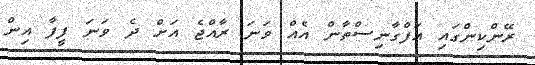
ރޭންކިންގައި އަފްގާނިސްތާން އެއް ވަނަ ރާއްޖެ އަށް ދެ ވަނަ ފީފާ އިން